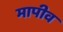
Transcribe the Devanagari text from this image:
मापीव